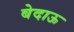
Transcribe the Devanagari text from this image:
बेदाऊ